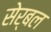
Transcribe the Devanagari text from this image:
सेर्बल